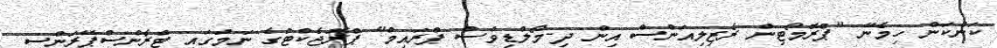
ކަންކަން ހިމެނޭ "ޕްރޮމޯޓިން ރެޒިލިއަންސް އިން ދި-މޯލްޑިވްސް ޕްރައިމް" ޕްރޮޖެކްޓުގެ ނަމުގައި ޓްރާންސްޕޭރަންސީ